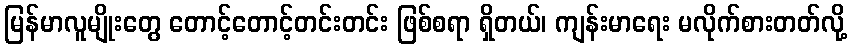
မြန်မာလူမျိုးတွေ တောင့်တောင့်တင်းတင်း ဖြစ်စရာ ရှိတယ်၊ ကျန်းမာရေး မလိုက်စားတတ်လို့